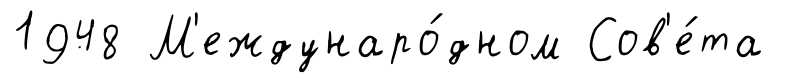
1948 М'еждунаро́дном Сов'е́та